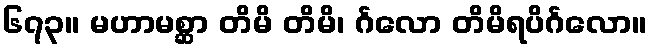
၆၇၃။ မဟာမစ္ဆာ တိမိ တိမိ၊ င်္ဂလော တိမိရပိင်္ဂလော။